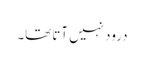
درود نہیں آتا تھا۔